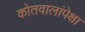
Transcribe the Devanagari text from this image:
कोतवालांपेक्षा